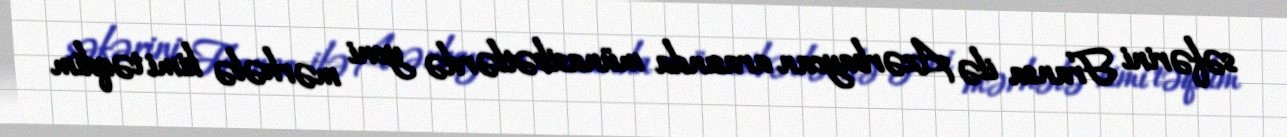
səfərini Fransa ilə Azərbaycan arasında münasibətlərdə yeni mərhələ kimi təqdim